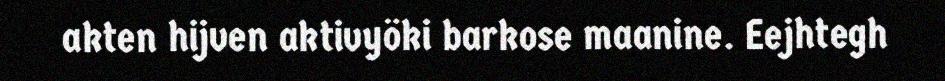
akten hijven aktivyöki barkose maanine. Eejhtegh